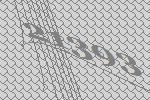
21393